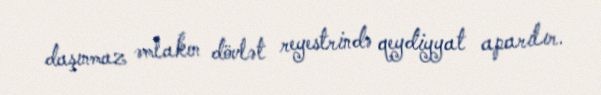
daşınmaz əmlakın dövlət reyestrində qeydiyyat aparılır.